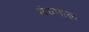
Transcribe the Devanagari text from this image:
संघपाल